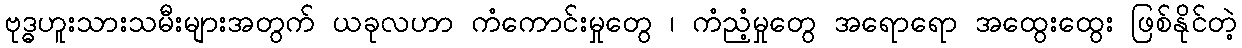
ဗုဒ္ဓဟူးသားသမီးများအတွက် ယခုလဟာ ကံကောင်းမှုတွေ ၊ ကံညံ့မှုတွေ အရောရော အထွေးထွေး ဖြစ်နိုင်တဲ့